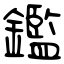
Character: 鑑